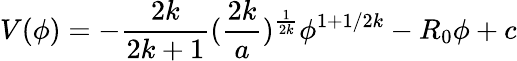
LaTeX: V(\phi)=-{\frac{2k}{2k+1}}({\frac{2k}{a}})^{\frac{1}{2k}}\phi^{1+1/2k}-R_{0}\phi+c